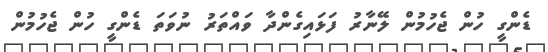
ޑެންގީ ހުން ޖެހުމުން ލޭނާރު ފަޅައިގެންދާ ވައްތަރު ނުވަތަ ޑެންގީ ހުން ޖެހުމުން